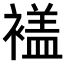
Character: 𧜡